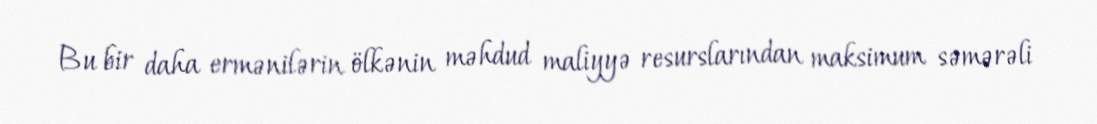
Bu bir daha ermənilərin ölkənin məhdud maliyyə resurslarından maksimum səmərəli